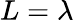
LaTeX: L=\lambda